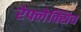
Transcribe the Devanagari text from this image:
रेफ्लेक्सिव